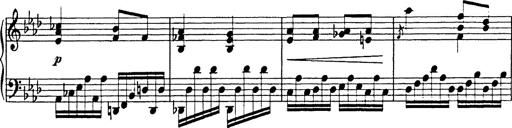
Title: 8 Variations
Composer: Franz Liszt
Key: A-flat major